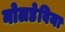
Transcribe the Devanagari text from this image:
नोलडेविया